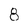
Character: 8